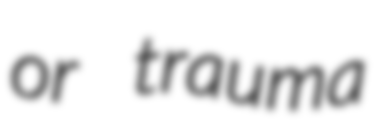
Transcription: or trauma